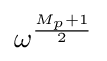
\omega ^{\frac {M_{p}+1}{2}}